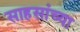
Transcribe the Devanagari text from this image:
साहसांच्या